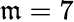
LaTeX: \mathfrak{m}=7